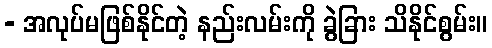
- အလုပ်မဖြစ်နိုင်တဲ့ နည်းလမ်းကို ခွဲခြား သိနိုင်စွမ်း။